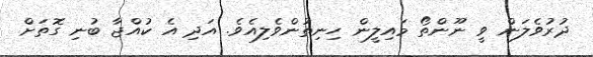
ދުރުވެލަން ވީ ނޫންތޯ މައިލީން ހިނިތުންވެލިއެވެ. އަދި އެ ކުއްޖާ ބުނި ގޮތަށް